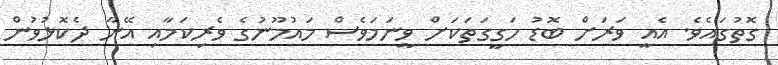
ގޮތުގައެވެ. އެއީ ވަރަށް ބޮޑު ހަގީގަތަކަށް ވީނަމަވެސް މައުމޫނުގެ ވެރިކަމާއި އޭނާ ދެކޮޅުވުން